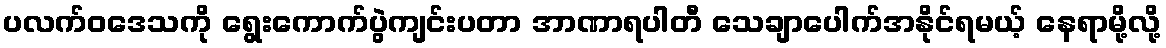
ပလက်ဝဒေသကို ရွေးကောက်ပွဲကျင်းပတာ အာဏာရပါတီ သေချာပေါက်အနိုင်ရမယ့် နေရာမို့လို့